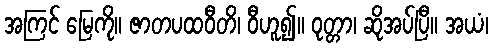
အကြင် မြေကို။ ဇာတပထဝီတိ၊ ဝီဟူ၍။ ဝုတ္တာ၊ ဆိုအပ်ပြီ။ အယံ၊